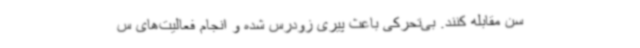
سن مقابله کنند. بی‌تحرکی باعث پیری زودرس شده و انجام فعالیت‌های س